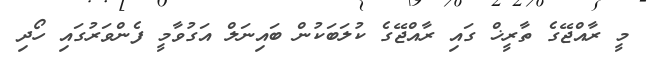
މީ ރާއްޖޭގެ ތާރީޚް ގައި ރާއްޖޭގެ ކުލަބަކުން ބައިނަލް އަގުވާމީ ފެންވަރުގައި ހޯދި